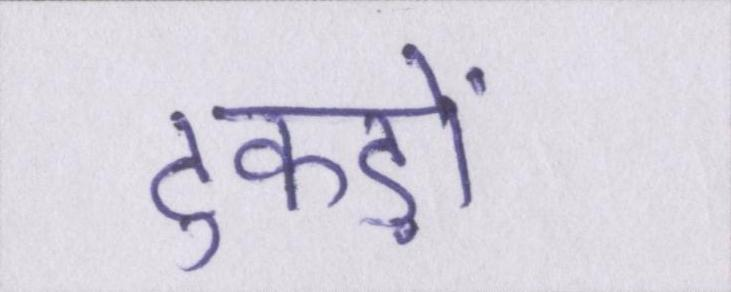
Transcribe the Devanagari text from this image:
टुकड़ों